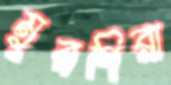
মুরগিরা